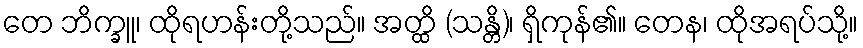
တေ ဘိက္ခူ၊ ထိုရဟန်းတို့သည်။ အတ္ထိ (သန္တိ)၊ ရှိကုန်၏။ တေန၊ ထိုအရပ်သို့။